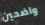
واضحين